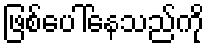
ဖြစ်ပေါ်နေသည်ကို